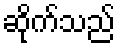
ဆိုက်သည်